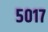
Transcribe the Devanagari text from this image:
५०१७